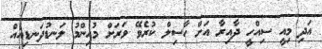
އަދި މިއީ ސިއްހީ ދާއިރާ އަށް ހާސިލް ކުރެވޭ ވަރަށް މުހިންމު ލަނޑުދަނޑިއެއް